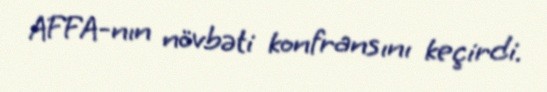
AFFA-nın növbəti konfransını keçirdi.